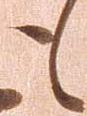
も